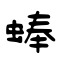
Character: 蜯